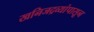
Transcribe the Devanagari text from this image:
खनिजद्रव्यांपासून